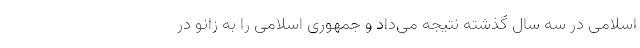
اسلامی در سه سال گذشته نتیجه می‌داد و جمهوری اسلامی را به زانو در